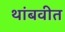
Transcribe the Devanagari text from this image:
थांबवीत